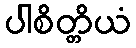
ပါစိတ္တိယံ